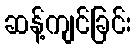
ဆန့်ကျင်ခြင်း